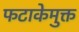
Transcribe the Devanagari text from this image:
फटाकेमुक्त